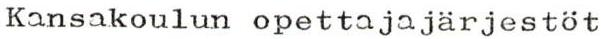
Kansakoulun opettajajärjestöt